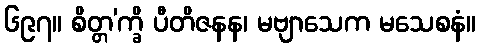
၆၉၇။ စိတ္တ’က္ခိ ပီတိဇနန၊ မဗျာသေက မသေစနံ။